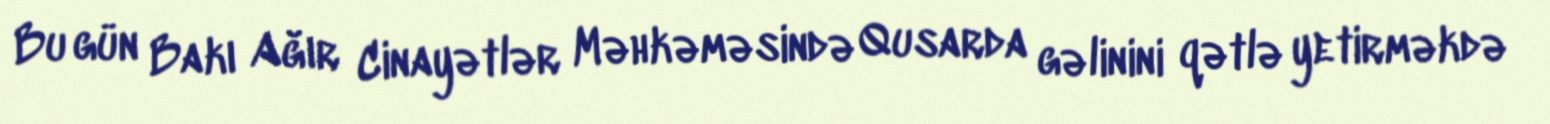
Bu gün Bakı Ağır Cinayətlər Məhkəməsində Qusarda gəlinini qətlə yetirməkdə